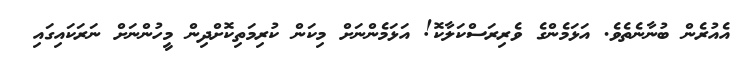
އެއުރެން ބުނާނެތެވެ. އަޅަމެންގެ ވެރިރަސްކަލާކޮ! އަޅަމެންނަށް މިކަން ކުރިމަތިކޮށްދިން މީހުންނަށް ނަރަކައިގައި